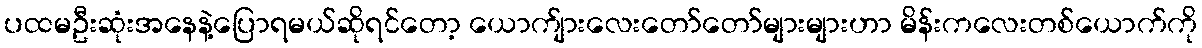
ပထမဦးဆုံးအနေနဲ့ပြောရမယ်ဆိုရင်တော့ ယောက်ျားလေးတော်တော်များများဟာ မိန်းကလေးတစ်ယောက်ကို